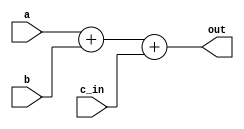
`timescale 1ns / 1ps

module adder(
    output [31:0]out,
    input [31:0]a,
    input [31:0]b,
    input c_in
    );
    wire c_out;
    
    assign {c_out,out} = a + b + c_in;
    
endmodule